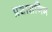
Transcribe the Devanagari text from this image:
प्रशासनिम